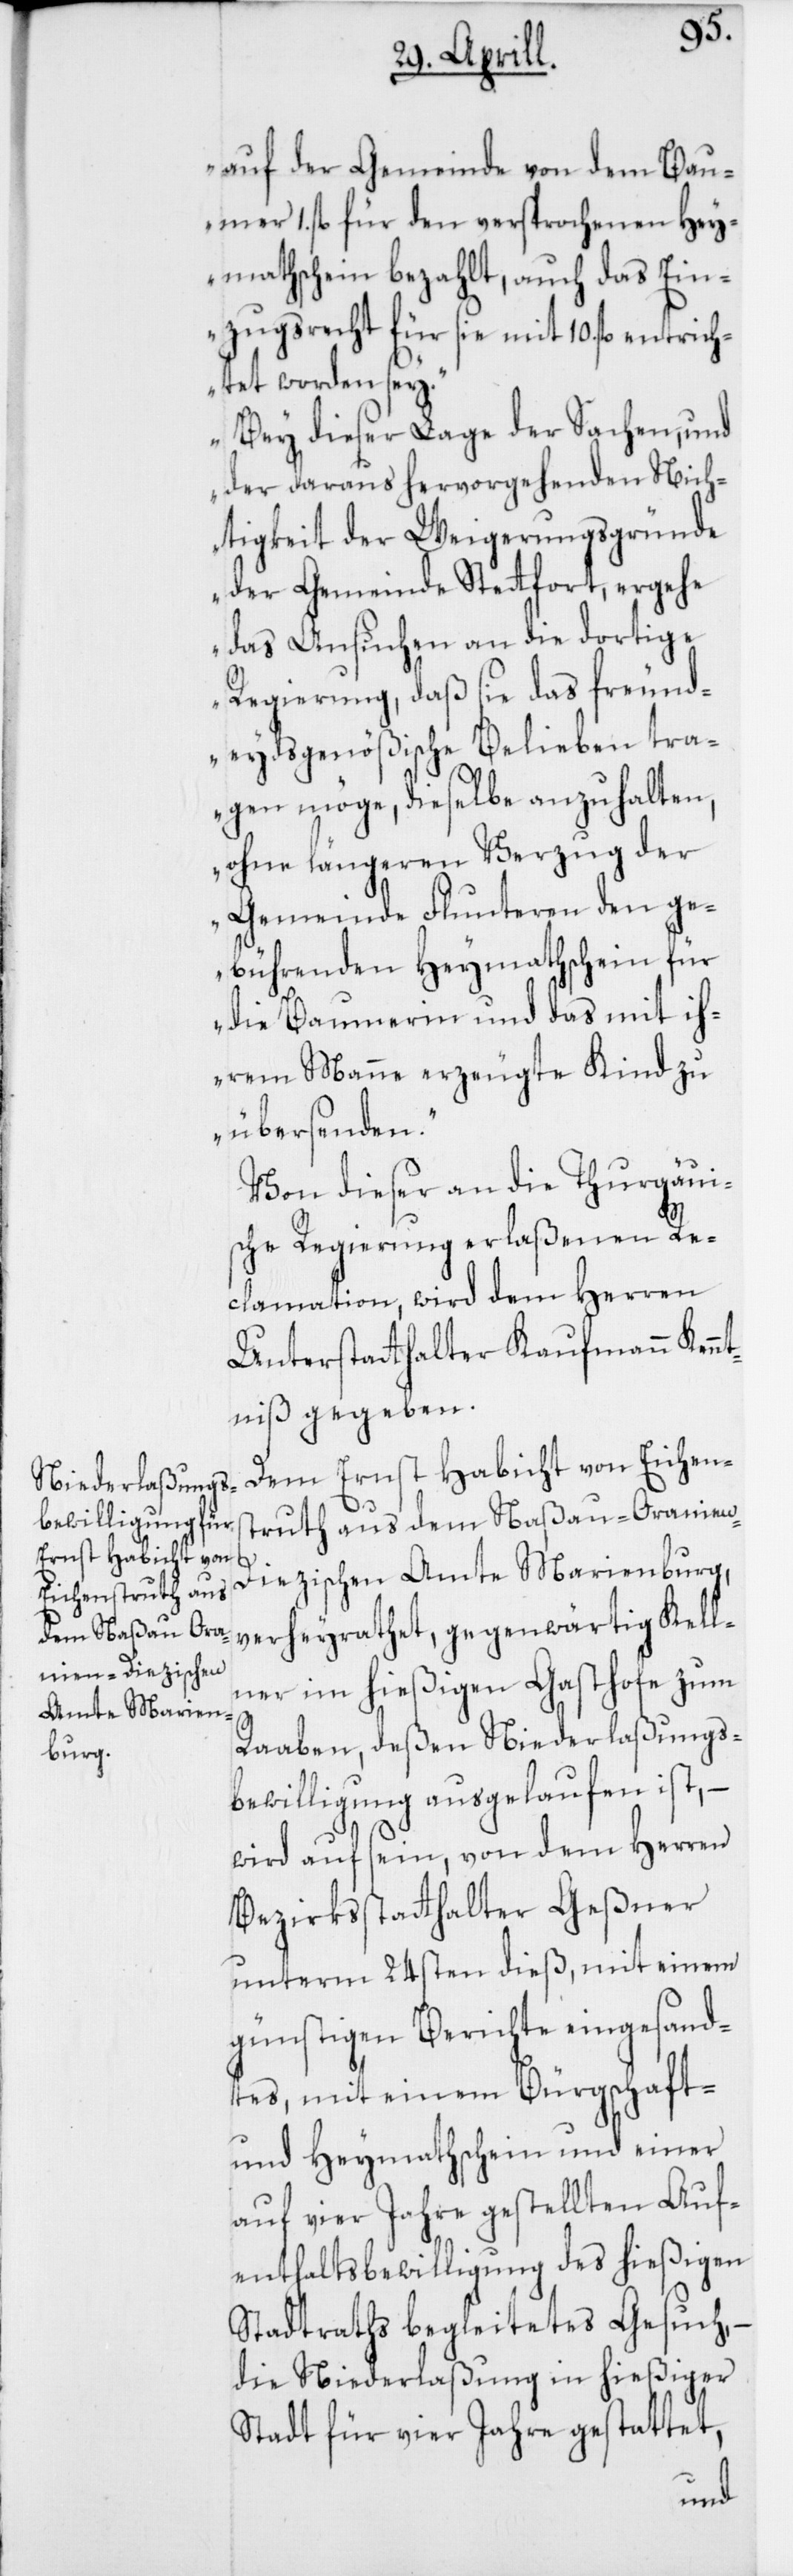
auf der Gemeinde von dem Baum¬
er 1. fl. für den versprochenen Hey¬
mathschein bezahlt, auch das Ein¬
zugsrecht für sie mit 10. fl. entrich¬
tet worden sey.
Bey dieser Lage der Sachen, und
der daraus herorgehenden Nich¬
tigkeit der Weigerungsgründe
der Gemeinde Stetfort, ergehe
das Ansuchen an die dortige
Regierung, daß sie das freund¬
eydsgenößische Belieben tra¬
gen möge, dieselbe anzuhalten,
ohne längeren Verzug der
Gemeinde Fluntern den ge¬
bührenden Heymathschein für
die Baumerin und das mit ih¬
rem Manne erzeugte Kind zu
übersenden.“
Von dieser an die Thurgaui¬
sche Regierung erlaßenen Re¬
clamation, wird dem Herren
Unterstatthalter Kaufmann Ken¬
ntniß gegeben.
Dem Ernst Habicht von Eichens¬
truth aus dem Naßau-Oranien-D¬
iezischen Amte Marienburg,
verheyrathet, gegenwärtig Kell¬
ner im hießigen Gasthofe zum
Raaben, deßen Niederlaßungs¬
bewilligung ausgelaufen ist, –
wird auf sein, von dem Herren
Bezirksstatthalter Geßner
unterm 24sten dieß, mit einem
günstigen Berichte eingesand¬
tes, mit einem Bürgschafts-
und Heymathschein und einer
auf vier Jahre gestellten Auf¬
enthalts-Bewilligung des hießigen
Stadtraths begleitetes Gesuch,
die Niederlaßung in hießiger
Stadt für vier Jahre gestattet,